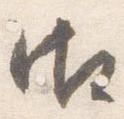
御